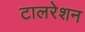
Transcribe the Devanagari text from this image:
टालरेशन